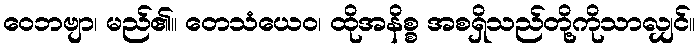
ဝေဘဗျာ၊ မည်၏။ တေသံယေဝ၊ ထိုအနိစ္စ အစရှိသည်တို့ကိုသာလျှင်။